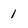
Character: 1